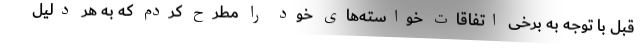
قبل با توجه به برخی اتفاقات خواسته‌های خود را مطرح کردم که به هر دلیل